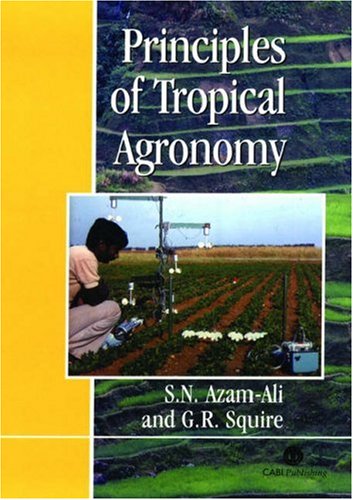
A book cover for Principles of Tropical Agronomy; Sayed N. Azam-Ali; Science & Math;